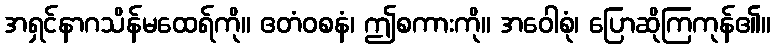
အရှင်နာဂသိန်မထေရ်ကို။ ဧတံဝစနံ၊ ဤစကားကို။ အဝေါစုံ၊ ပြောဆိုကြကုန်၏။